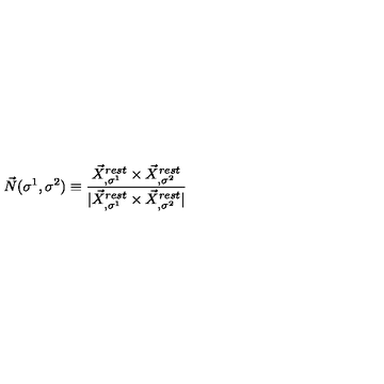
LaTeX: \vec { N } ( \sigma ^ { 1 } , \sigma ^ { 2 } ) \equiv \frac { \vec { X } _ { , \sigma ^ { 1 } } ^ { r e s t } \times \vec { X } _ { , \sigma ^ { 2 } } ^ { r e s t } } { | \vec { X } _ { , \sigma ^ { 1 } } ^ { r e s t } \times \vec { X } _ { , \sigma ^ { 2 } } ^ { r e s t } | }